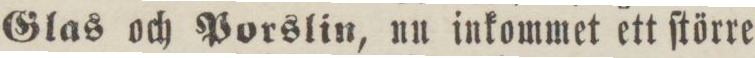
Glas och Porslin, nu inkommet ett ſtörre